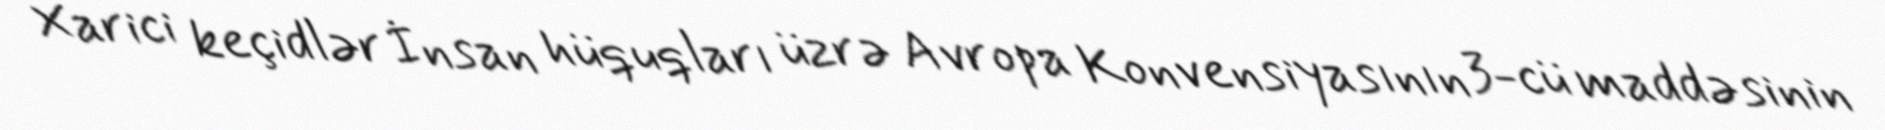
Xarici keçidlər İnsan hüquqları üzrə Avropa Konvensiyasının 3-cü maddəsinin